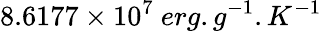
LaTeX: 8.6177\times 10^{7}\ erg.g^{-1}.K^{-1}